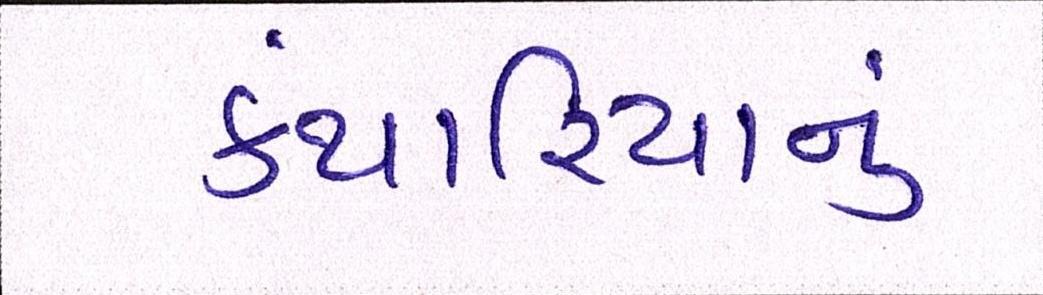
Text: કંથારિયાનું